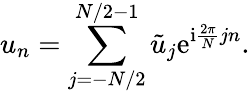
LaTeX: u_{n}=\sum_{j=-N/2}^{N/2-1}\tilde{u}_{j}\mathrm{e}^{\mathrm{i}\frac{2\pi}{N}jn}.